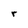
Character: r